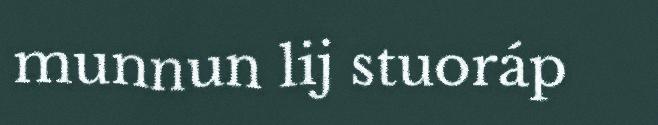
munnun lij stuoráp